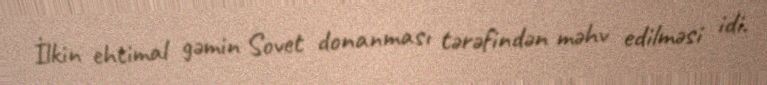
İlkin ehtimal gəmin Sovet donanması tərəfindən məhv edilməsi idi.